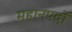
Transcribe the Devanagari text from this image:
महानपदों